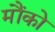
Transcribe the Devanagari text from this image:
मौंको